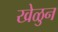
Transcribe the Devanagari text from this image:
खेळुन